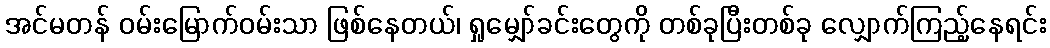
အင်မတန် ဝမ်းမြောက်ဝမ်းသာ ဖြစ်နေတယ်၊ ရှုမျှော်ခင်းတွေကို တစ်ခုပြီးတစ်ခု လျှောက်ကြည့်နေရင်း